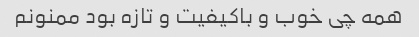
همه چی خوب و باکیفیت و تازه بود ممنونم